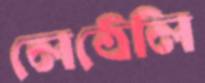
লেঠেলি